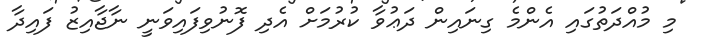
މި މުއްދަތުގައި އެންމެ ގިނައިން ދަޢުވާ ކުރުމަށް އެދި ފޮނުވިފައިވަނީ ނާޖާއިޒު ފައިދާ